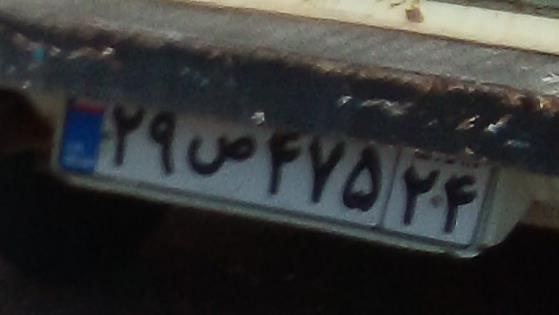
۲۹ص۴۷۵۲۴